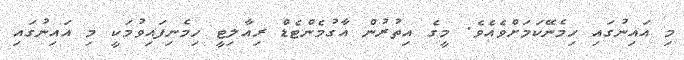
މި އައިނުގައި ހިމެނޭކަމަށްވެއެވެ. މީގެ އިތުރުން އާގުމެންޓެޑް ރިއާލިޓީ ހިމެނިފައިވުމަކީ މި އައިނުގައި